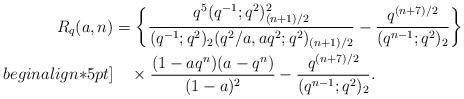
LaTeX: \begin{align*}R_q(a,n)&=\bigg\{\frac{q^5(q^{-1};q^2)_{(n+1)/2}^2}{(q^{-1};q^2)_2(q^2/a,aq^{2};q^2)_{(n+1)/2}}-\frac{q^{(n+7)/2}}{(q^{n-1};q^2)_2}\bigg\}\\begin{align*}5pt]&\quad\times\frac{(1-aq^n)(a-q^n)}{(1-a)^2}-\frac{q^{(n+7)/2}}{(q^{n-1};q^2)_2}.\end{align*}